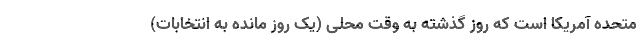
متحده آمریکا است که روز گذشته به وقت محلی (یک روز مانده به انتخابات)